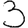
Digit: 3